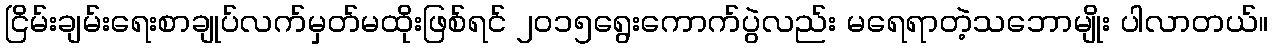
ငြိမ်းချမ်းရေးစာချုပ်လက်မှတ်မထိုးဖြစ်ရင် ၂၀၁၅ရွေးကောက်ပွဲလည်း မရေရာတဲ့သဘောမျိုး ပါလာတယ်။